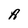
Character: A